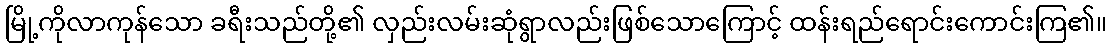
မြို့ကိုလာကုန်သော ခရီးသည်တို့၏ လှည်းလမ်းဆုံရွာလည်းဖြစ်သောကြောင့် ထန်းရည်ရောင်းကောင်းကြ၏။